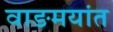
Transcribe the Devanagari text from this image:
वाङमयांत